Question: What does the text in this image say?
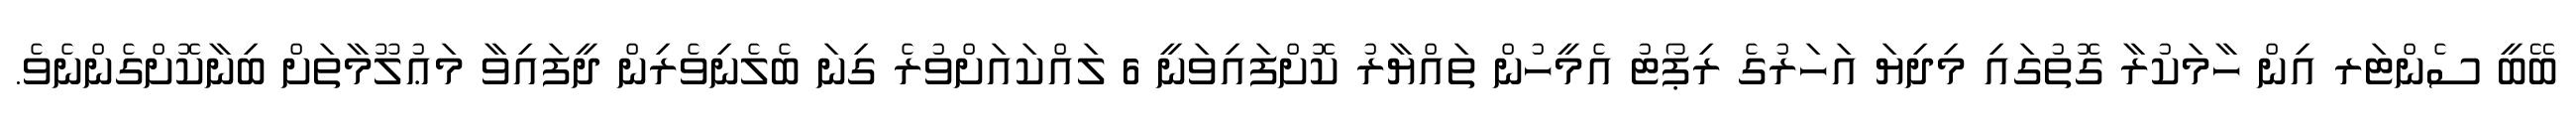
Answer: ބޭބީ ސެންޓަރ އިން ހާމަކުރާ ގޮތުގައި މިދިޔަ އަހަރުގެ ރިޕޯޓު އެމީހުން ތައްޔާރު ކޮށްފައިވަނީ 6 ލައްކައަށްވުރެ ގިނަ ބެލެނިވެރިން ދީފައިވާ މަޢުލޫމާތަށް ބިނާކޮށްގެންނެވެ.